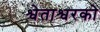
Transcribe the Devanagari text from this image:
श्वेताश्वरको